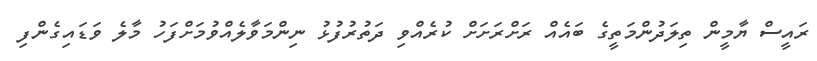
ރައީސް ޔާމީން ތިލަދުންމަތީގެ ބައެއް ރަށްރަށަށް ކުރެއްވި ދަތުރުފުޅު ނިންމަވާލެއްވުމަށްފަހު މާލެ ވަޑައިގެންފި